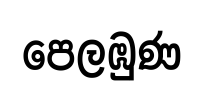
පෙලඹුණ